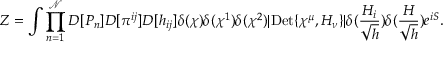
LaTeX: Z = \int \prod _ { n = 1 } ^ { \mathcal { N } } D [ P _ { n } ] D [ \pi ^ { i j } ] D [ h _ { i j } ] \delta ( \chi ) \delta ( \chi ^ { 1 } ) \delta ( \chi ^ { 2 } ) | \mathrm { D e t } \{ \chi ^ { \mu } , H _ { \nu } \} | \delta ( \frac { H _ { i } } { \sqrt { h } } ) \delta ( \frac { H } { \sqrt { h } } ) e ^ { i S } .